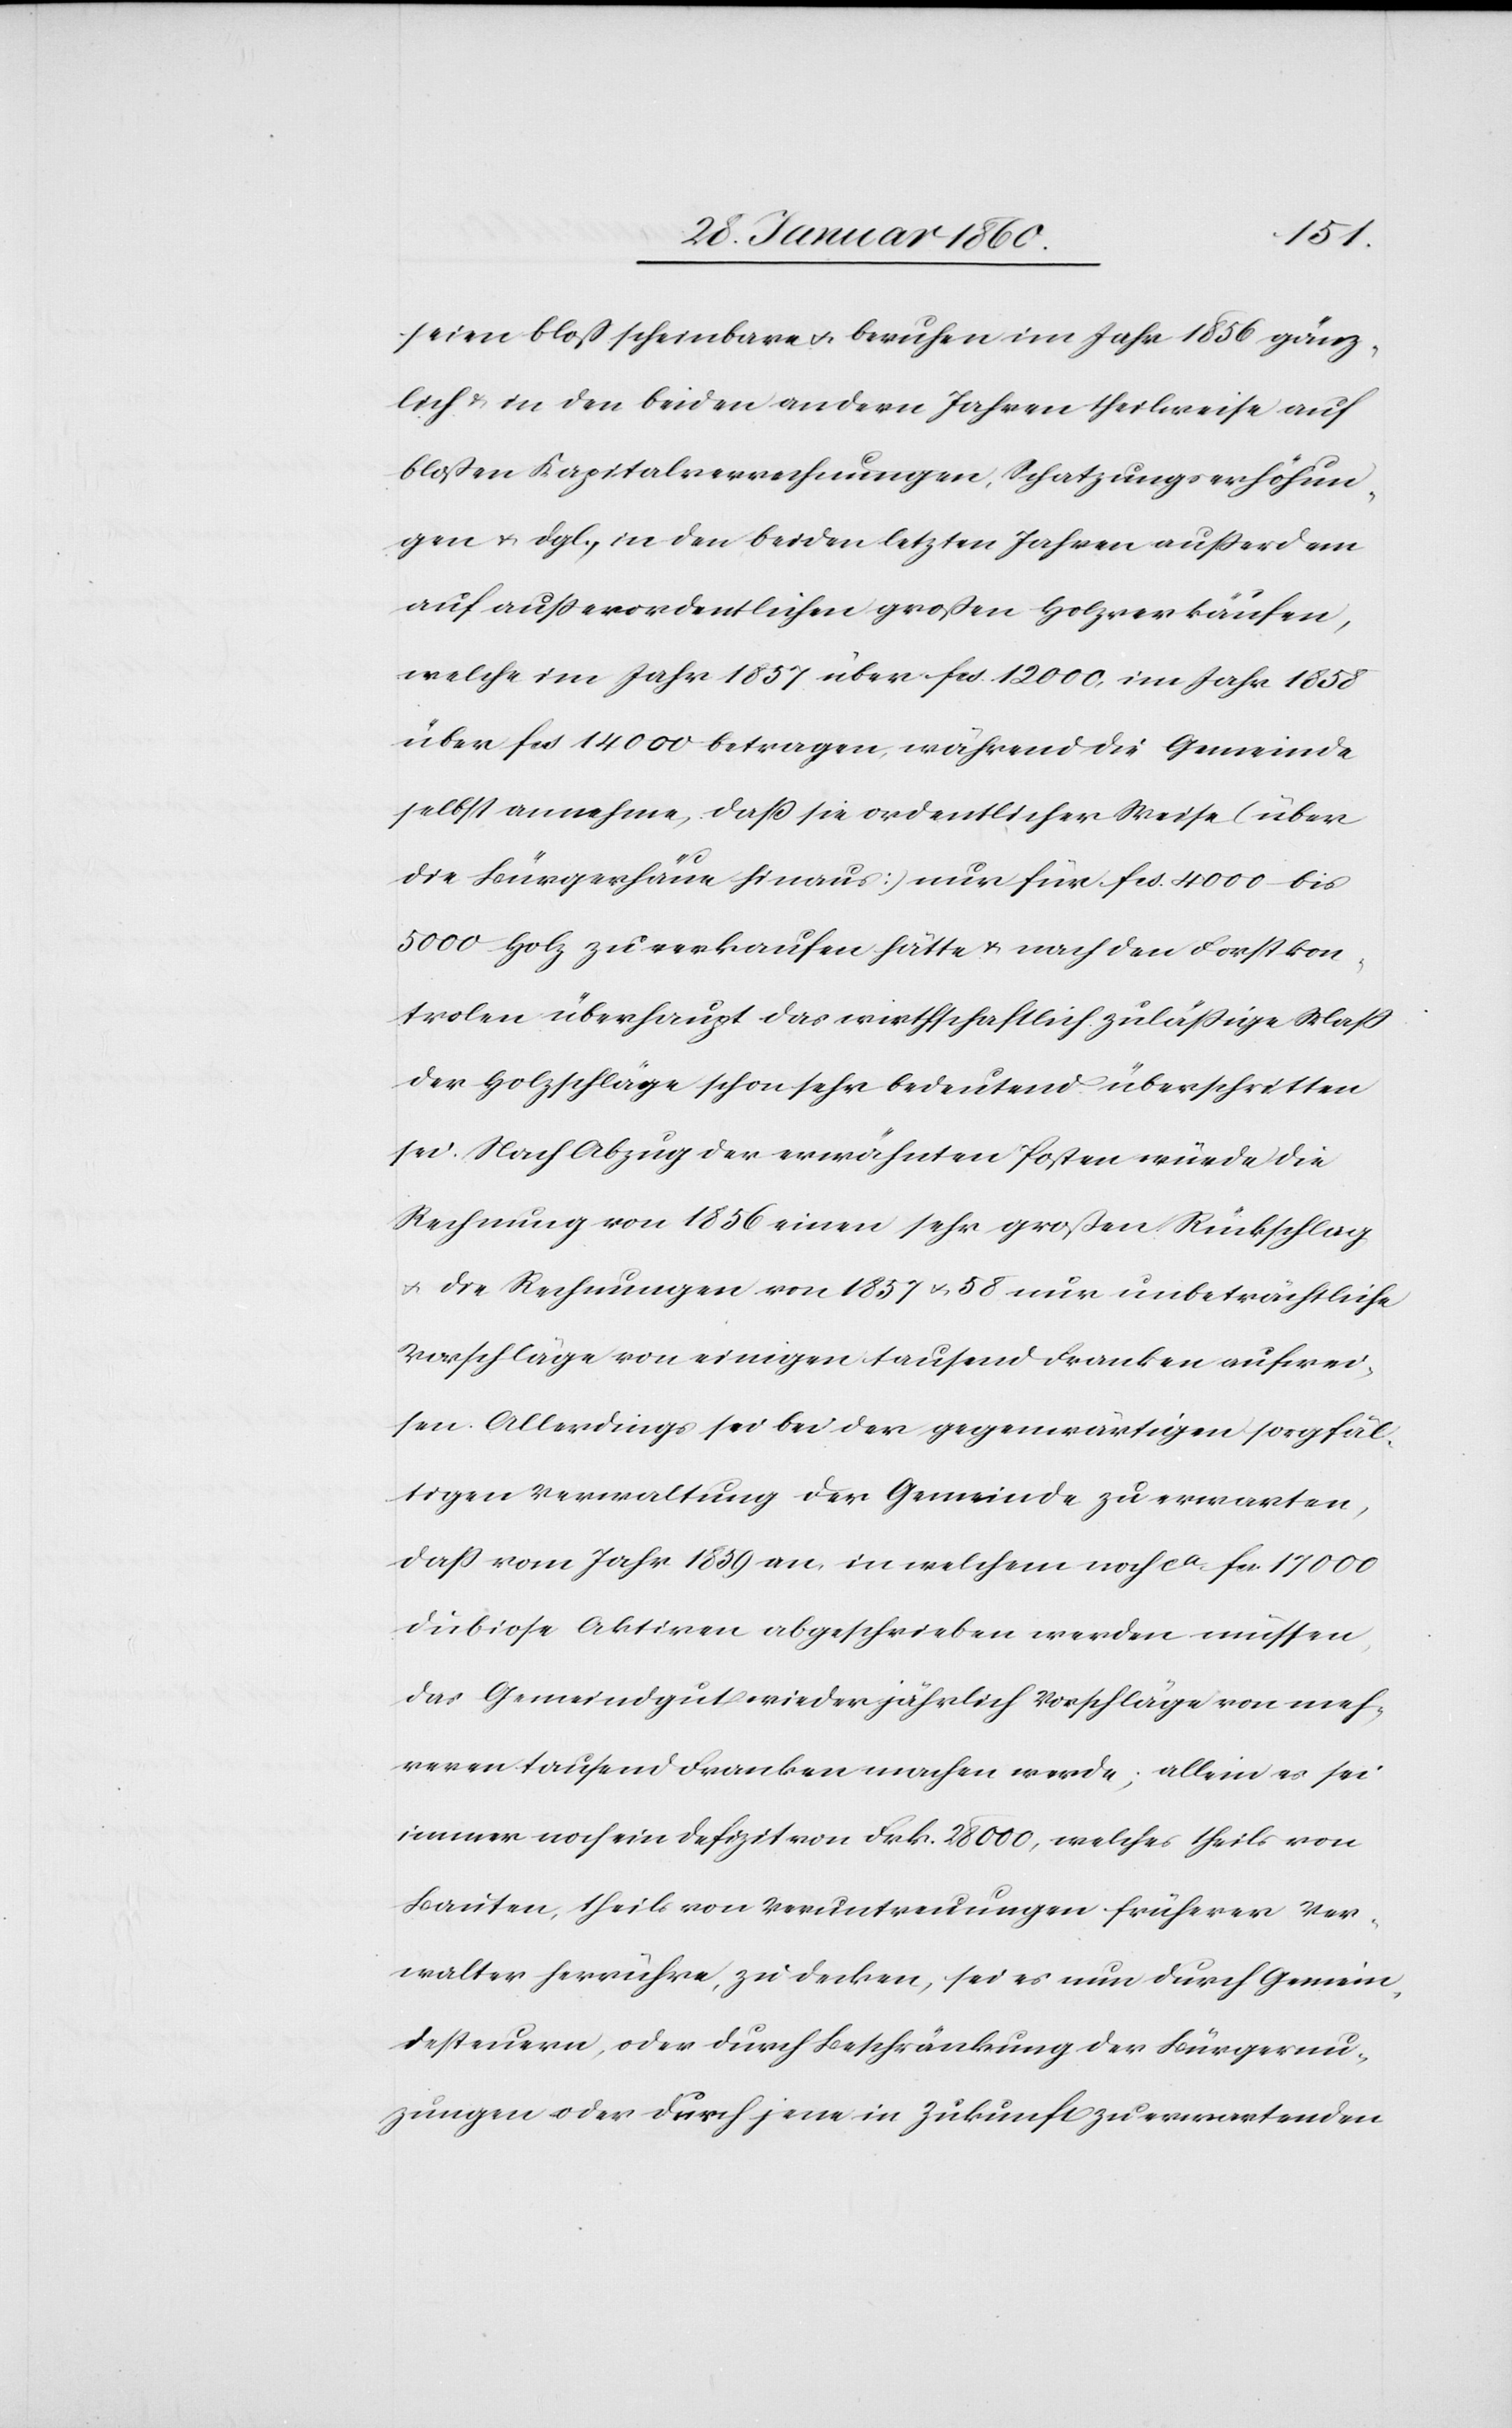
seien bloss scheinbare u. beruhen im Jahr 1856 gänz¬
lich u. in den beiden andern Jahren theilweise auf
blossen Kapitalverrechnungen, Schatzungserhöhun¬
gen u. dlg., in den beiden letzten Jahren außerdem
auf außerordentlichen grossen Holzverkäufen,
welche im Jahr 1857 über fcs. 12 000 im Jahr 1858
über fcs. 14 000 betragen während die Gemeinde
selbst annehme, dass sie ordentlicher Weise (über
die Feuerschau hinaus) nur für fcs. 4000 bis
5000 Holz zu verkaufen hätte u. nach den Forstkon¬
trolen überhaupt das wirthschaftlich zulässige Maß
der Holzschläge schon sehr bedeutend überschritten
sei. Nach Abzug der erwähnten Posten würde die
Rechnung von 1856 einen sehr großen Rückschlag
u. die Rechnungen von 1857 u. 58 unbeträchtliche
Vorschläge von einigen tausend Franken aufwei¬
sen. Allerdings sei bei der gegenwärtigen sorgfäl¬
tigen Verwaltung der Gemeinde zu erwarten,
dass vom Jahr 1859 an, in welchem noch ca 17 000
dubiose Aktionen abgeschrieben werden müssen,
das Gemeindgut wiederjährlich Vorschläge von meh¬
reren tausend Franken machen werde; allein es sei
immer noch ein Defizit von Frk. 28 000, welche theils von
Bauten, theils von Veruntreuungen früherer Ver¬
walter herrühre, zu decken, sei es nun durch Gemein¬
desteuern, oder durch Beschränkung der Bürgernu¬
zungen [sic!] oder durch jene in Zukunft zu erwartenden